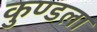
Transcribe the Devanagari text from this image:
कुण्डला